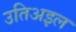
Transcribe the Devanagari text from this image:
उतिअइल